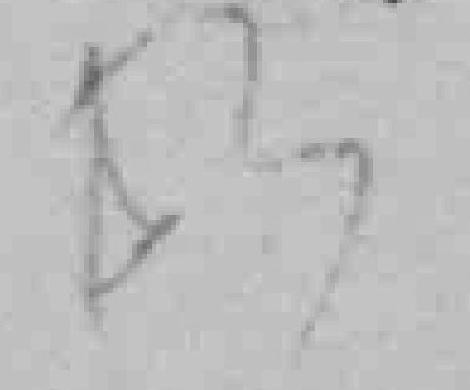
53